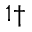
^ { 1 \dagger }